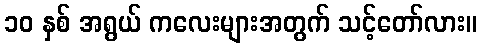
၁၀ နှစ် အရွယ် ကလေးများအတွက် သင့်တော်လား။